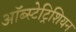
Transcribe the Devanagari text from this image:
ऑब्स्टेट्रिशियन